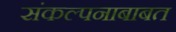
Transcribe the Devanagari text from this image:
संकल्पनाबाबत